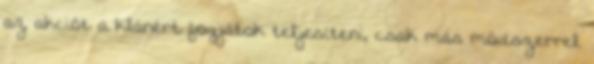
az akciót a klánért fogjátok teljesíteni, csak más módszerrel.